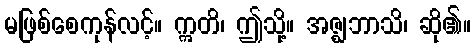
မဖြစ်စေကုန်လင့်။ ဣတိ၊ ဤသို့။ အဇ္ဈဘာသိ၊ ဆို၏။